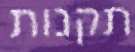
תקנות